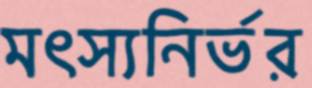
মৎস্যনির্ভর